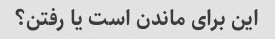
این برای ماندن است یا رفتن؟